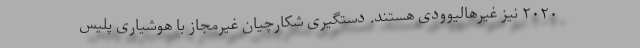
۲۰۲۰ نیز غیرهالیوودی هستند. دستگیری شکارچیان غیرمجاز با هوشیاری پلیس